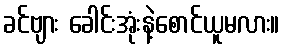
ခင်ဗျား ခေါင်းအုံးနဲ့စောင်ယူမလား။